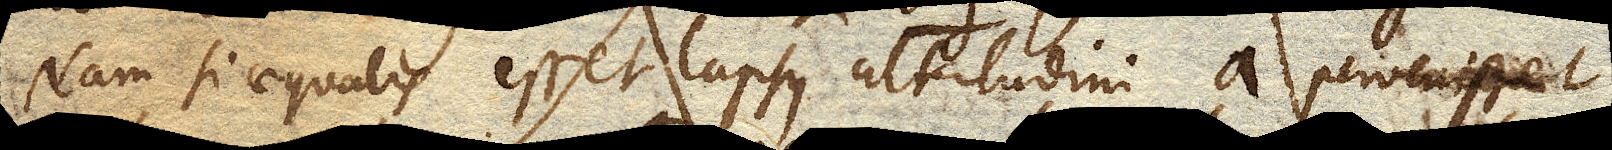
Nam si aequalis esset lapsus altitudini a pervenisset